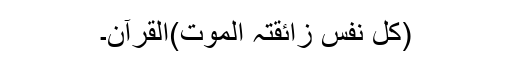
(کل نفس زائقتہ الموت)القرآن۔